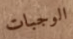
الوجبات